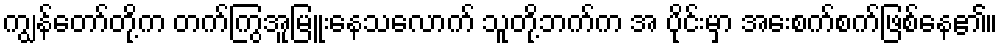
ကျွန်တော်တို့က တက်ကြွအူမြူးနေသလောက် သူတို့ဘက်က အ ပိုင်းမှာ အေးစက်စက်ဖြစ်နေ၏။